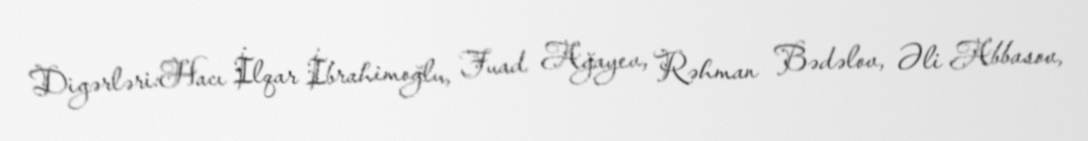
Digərləri:Hacı İlqar İbrahimoğlu, Fuad Ağayev, Rəhman Bədəlov, Əli Abbasov,